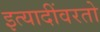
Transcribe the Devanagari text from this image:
इत्यादींवरतो